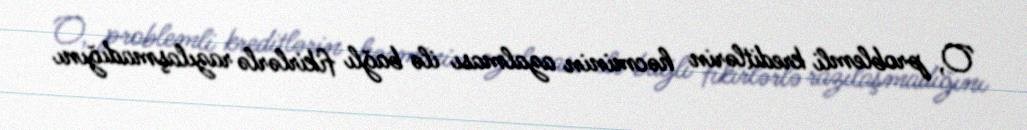
O, problemli kreditlərin həcminin azalması ilə bağlı fikirlərlə razılaşmadığını